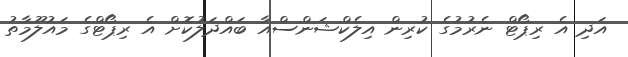
އަދި އެ ރިޕޯޓް ނެރުމުގެ ކުރިން އިލެކްޝަންސްއާ ބައްދަލުކޮށް އެ ރިޕޯޓްގެ މައުލޫމާތު